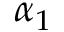
\alpha _ { 1 }